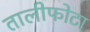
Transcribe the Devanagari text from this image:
तालीफोटा